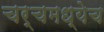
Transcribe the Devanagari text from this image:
चर्चमध्येच